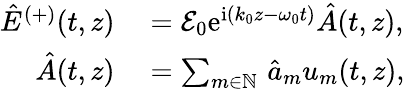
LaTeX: \begin{array}{rl}{\hat{E}^{(+)}(t,z)}&{{}=\mathcal{E}_{0}\mathrm{e}^{\mathrm{i}\left(k_{0}z-\omega_{0}t\right)}\hat{A}(t,z),}\\ {\hat{A}(t,z)}&{{}=\sum_{m\in\mathbb{N}}\, \hat{a}_{m}u_{m}(t,z),}\end{array}